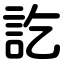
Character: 訖